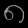
Digit: ၈